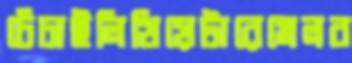
চেঁচাইলিথিয়েটারেমেলব